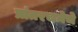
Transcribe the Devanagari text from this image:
प्रांतरचनेचे